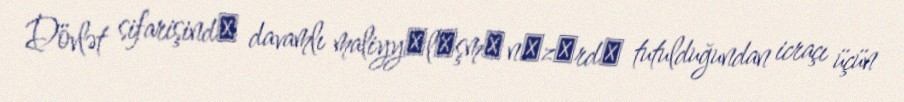
Dövlət sifarişindә davamlı maliyyәlәşmә nәzәrdә tutulduğundan icraçı üçün